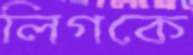
লিগকে